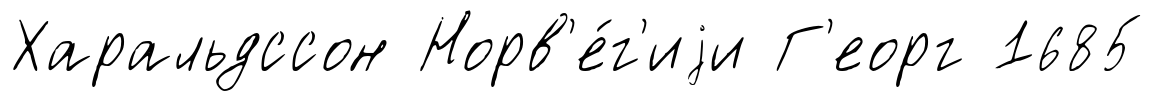
Харальдссон Норв'е́г'иjи Г'еорг 1685